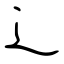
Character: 辶